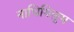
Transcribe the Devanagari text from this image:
नाधियिलुम